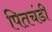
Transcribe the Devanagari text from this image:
पितचंडी